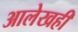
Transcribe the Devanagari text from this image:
आलेखही